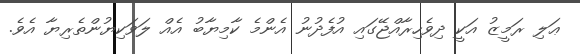
ޢަލި ރަމީޒު އަކީ ދިވެހިރާއްޖޭގައި އުފެދުނު އެންމެ ކާމިޔާބު އެއް ލަވަކިޔުންތެރިޔާ އެވެ.